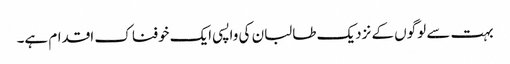
بہت سے لوگوں کے نزدیک طالبان کی واپسی ایک خوفناک اقدام ہے۔